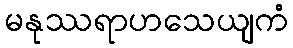
မနုဿရာဟသေယျကံ